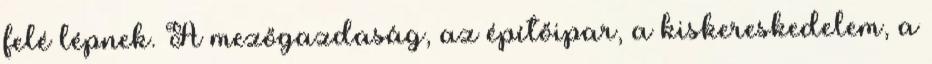
felé lépnek. A mezőgazdaság, az építőipar, a kiskereskedelem, a